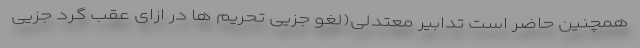
همچنین حاضر است تدابیر معتدلی(لغو جزیی تحریم ها در ازای عقب گرد جزیی